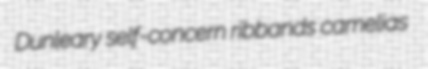
Dunleary self-concern ribbands camelias